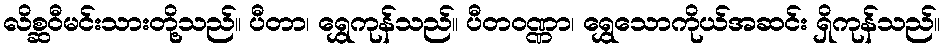
လိစ္ဆဝီမင်းသားတို့သည်။ ပီတာ၊ ရွှေကုန်သည်။ ပီတဝဏ္ဏာ၊ ရွှေသောကိုယ်အဆင်း ရှိကုန်သည်။